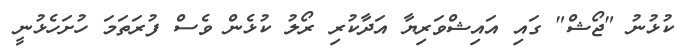
ކުޅުނު "ޖޯޝް" ގައި އައިޝްވަރިޔާ އަދާކުރި ރޯލު ކުޅެން ވެސް ފުރަތަމަ ހުށަހެޅުނީ